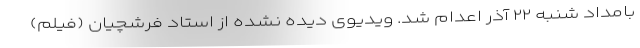
بامداد شنبه ۲۲ آذر اعدام شد. ویدیوی دیده نشده از استاد فرشچیان (فیلم)